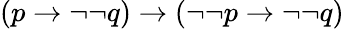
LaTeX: (p\to\neg\neg q)\to(\neg\neg p\to\neg\neg q)